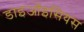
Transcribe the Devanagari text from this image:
डाइऑइसियस